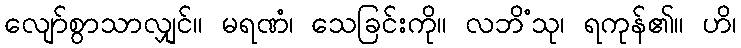
လျော်စွာသာလျှင်။ မရဏံ၊ သေခြင်းကို။ လဘိံသု၊ ရကုန်၏။ ဟိ၊